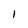
Character: 1